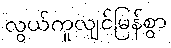
လွယ်ကူလျင်မြန်စွာ